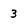
Character: 3